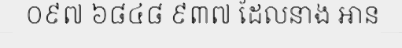
០៩៧ ៦៨៤៨ ៩៣៧ ដែលនាង អាន